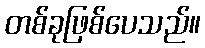
တစ်ခုဖြစ်ပေသည်။